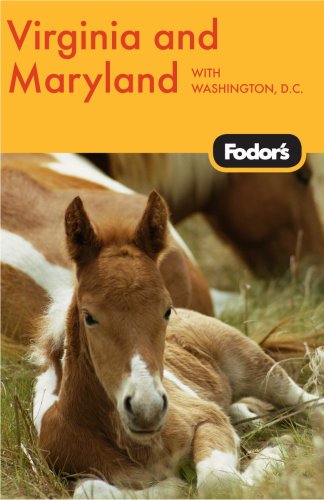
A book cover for Fodor's Virginia & Maryland, 10th Edition: with Washington, D.C. (Travel Guide); Fodor's; Travel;